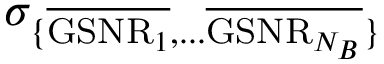
\sigma _ { \{ \overline { { \mathrm { G S N R } _ { 1 } } } , . . . \overline { { \mathrm { G S N R } _ { N _ { B } } } } \} }